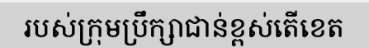
របស់ក្រុមប្រឹក្សាជាន់ខ្ពស់តើខេត